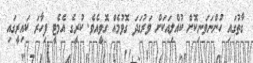
ގާތުގައި ހުންނަވަނިކޮށް ކުއްލިއަކަށް ވަރުގަދަ ގޮވުމެއް ގޮވީއެވެ. ކުރީގެ އެމެޓީ ފިހާރަ ކައިރީގައި